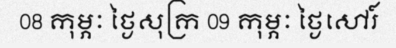
08 កុម្ភៈ ថ្ងៃសុក្រ 09 កុម្ភៈ ថ្ងៃសៅរ៍